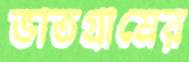
ভাতগ্রামের